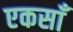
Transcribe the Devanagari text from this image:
एकसाँ